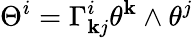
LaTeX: \Theta^{i}=\Gamma_{\mathbf{k}j}^{i}\theta^{\mathbf{k}}\wedge\theta^{j}